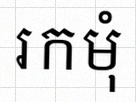
រកមុំ